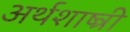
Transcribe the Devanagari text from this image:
अर्थशाष्त्री